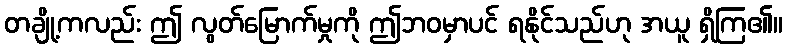
တချို့ကလည်း ဤ လွတ်မြောက်မှုကို ဤဘဝမှာပင် ရနိုင်သည်ဟု အယူ ရှိကြ၏။